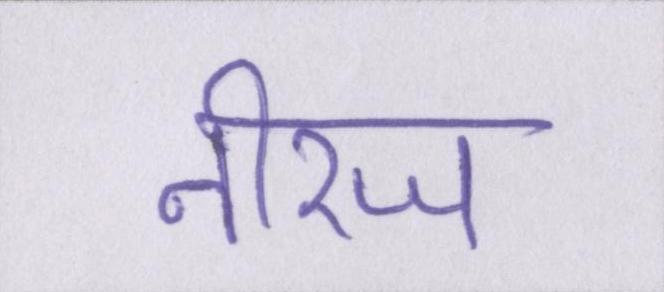
नीरज